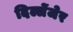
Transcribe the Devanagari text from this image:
दिल्लेंजेर